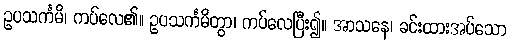
ဥပသင်္ကမိ၊ ကပ်လေ၏။ ဥပသင်္ကမိတွာ၊ ကပ်လေပြီး၍။ အာသနေ၊ ခင်းထားအပ်သော